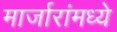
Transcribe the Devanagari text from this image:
मार्जारांमध्ये